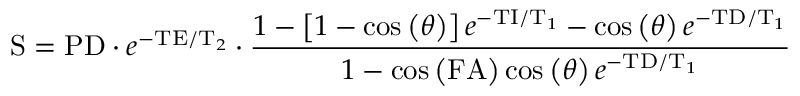
\mathrm { S } = \mathrm { P D } \cdot e ^ { - \mathrm { T E } / \mathrm { T } _ { 2 } } \cdot \frac { 1 - \left[ 1 - \cos \left( \theta \right) \right] e ^ { - \mathrm { T I } / \mathrm { T } _ { 1 } } - \cos \left( \theta \right) e ^ { - \mathrm { T D } / \mathrm { T } _ { 1 } } } { 1 - \cos \left( \mathrm { F A } \right) \cos \left( \theta \right) e ^ { - \mathrm { T D } / \mathrm { T } _ { 1 } } }